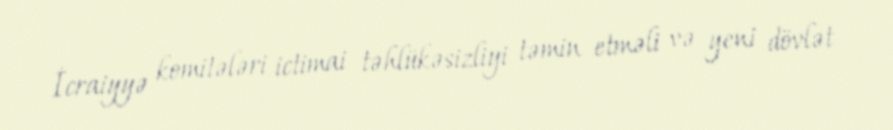
İcraiyyə komitələri ictimai təhlükəsizliyi təmin etməli və yeni dövlət